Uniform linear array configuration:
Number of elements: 64
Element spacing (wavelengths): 0.25
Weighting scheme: blackman
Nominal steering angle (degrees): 15
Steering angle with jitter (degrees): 14.076
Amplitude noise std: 0.05
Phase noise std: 0.05

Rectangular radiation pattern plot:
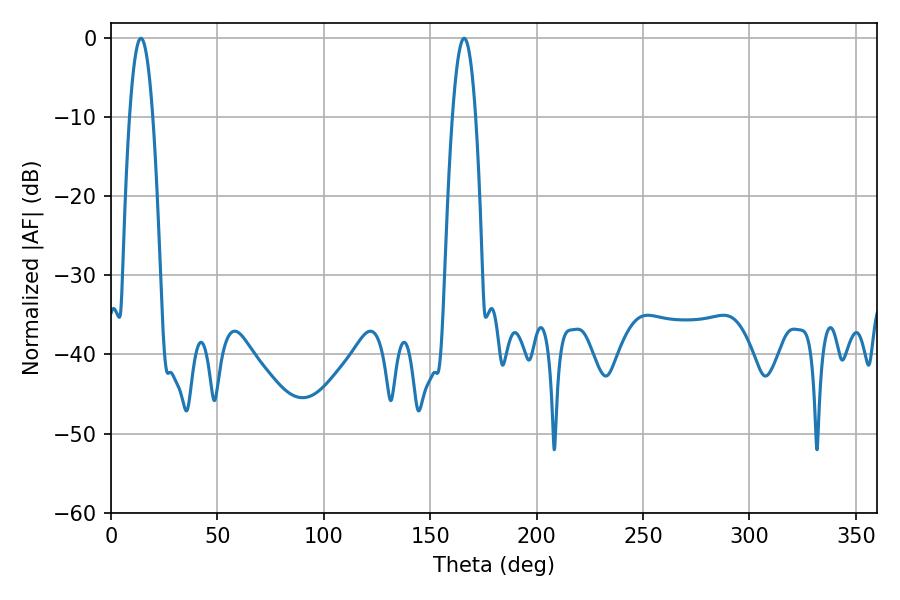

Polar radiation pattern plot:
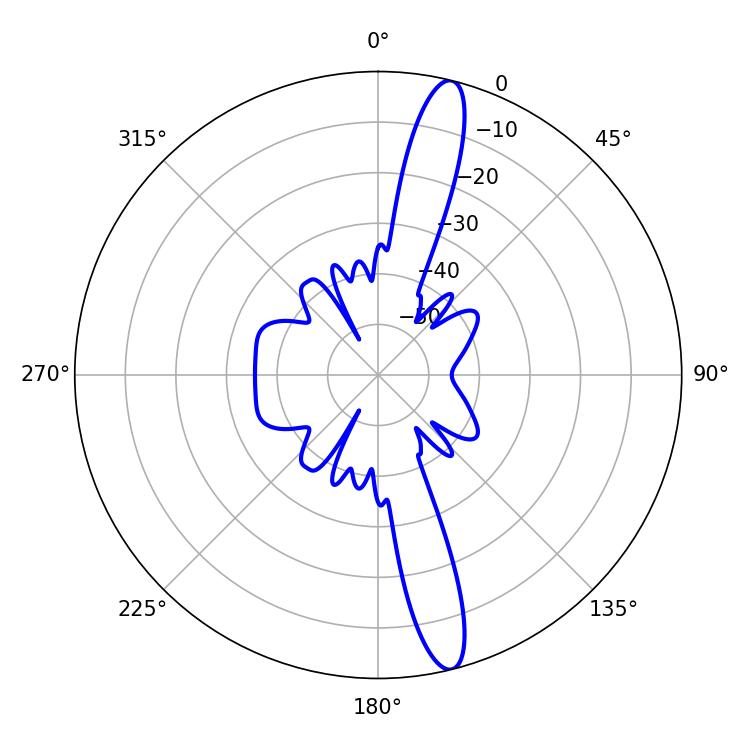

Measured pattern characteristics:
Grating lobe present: FALSE
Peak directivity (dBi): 15.612
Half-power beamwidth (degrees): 5.94
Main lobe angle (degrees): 14.04